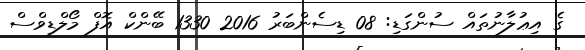
ގެ އިޢުލާނުތައް ސުންގަޑި: 08 ޑިސެންބަރު 2016 1330 ބޭންކް އޮފް މޯލްޑިވްސް